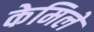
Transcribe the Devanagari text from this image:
केमिले